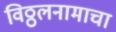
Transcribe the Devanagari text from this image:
विठ्ठलनामाचा